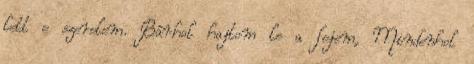
lett e szerelem. Bárhol hajtom le a fejem, Mindenhol